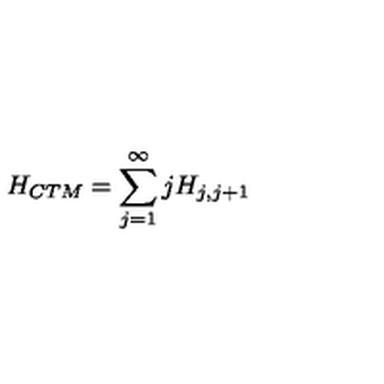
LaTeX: H _ { C T M } = \sum _ { j = 1 } ^ { \infty } j H _ { j , j + 1 }